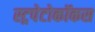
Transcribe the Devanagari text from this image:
स्ट्रपेटोकॉकस